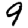
Digit: 9